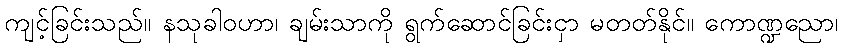
ကျင့်ခြင်းသည်။ နသုခါဝဟာ၊ ချမ်းသာကို ရွက်ဆောင်ခြင်းငှာ မတတ်နိုင်။ ကောဏ္ဍညော၊